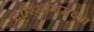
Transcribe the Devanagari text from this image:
क्षीरसागराच्या